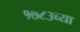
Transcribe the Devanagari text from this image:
१७८३च्या